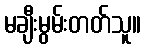
မချီးမွမ်းတတ်သူ။